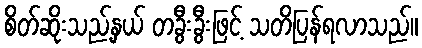
စိတ်ဆိုးသည့်နှယ် တခွီးခွီးဖြင့် သတိပြန်ရလာသည်။